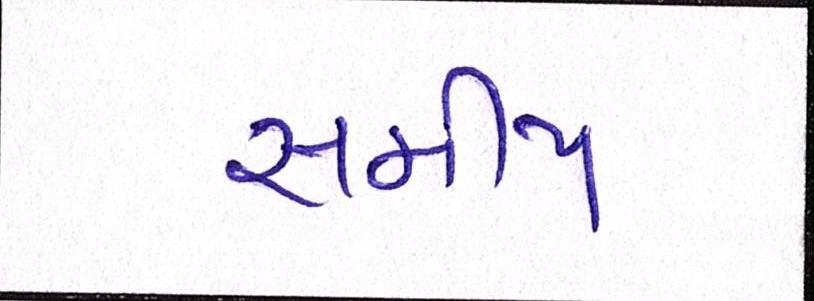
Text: સમીપ